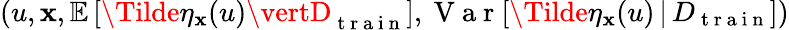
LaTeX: (u,\mathbf{x},\mathbb{{E}}\left[\Tilde{\eta}_{\mathbf{x}}(u)\vertD_{\mathrm{{~t~r~a~i~n~}}}\right],\mathrm{{~V~a~r~}}[\Tilde{\eta}_{\mathbf{x}}(u)\, \vert\, D_{\mathrm{{~t~r~a~i~n~}}}])